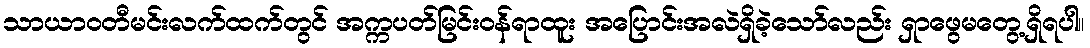
သာယာဝတီမင်းလက်ထက်တွင် အက္ကပတ်မြင်းဝန်ရာထူး အပြောင်းအလဲရှိခဲ့သော်လည်း ရှာဖွေမတွေ့ရှိရပါ။